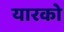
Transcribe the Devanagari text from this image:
यारको